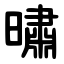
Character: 㬘